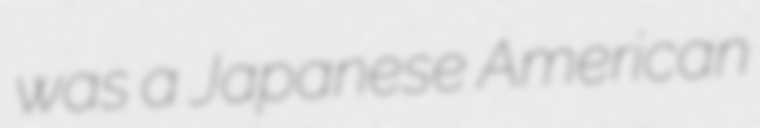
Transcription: was a Japanese American